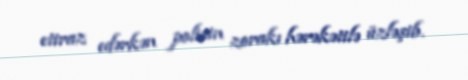
etiraz edərkən polisin zorakı hərəkətilə üzləşib.